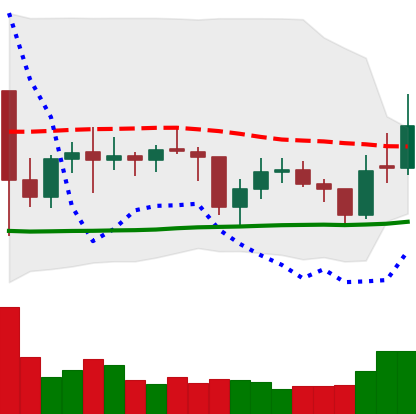
Ticker: EOS-USD
Chart end date: 2021-01-30
Forward return: 3.423%
Label: up_3_5